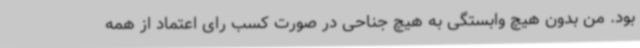
بود. من بدون هیچ وابستگی به هیچ جناحی در صورت کسب رای اعتماد از همه